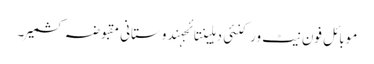
موبائل فون نیٹ ورکنئی دہلینتائجہندوستانی مقبوضہ کشمیر۔